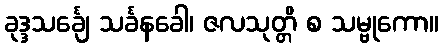
ခုဒ္ဒသင်္ချေ သင်္ခနခေါ၊ ဇလသုတ္တိ စ သမ္ဗုကော။